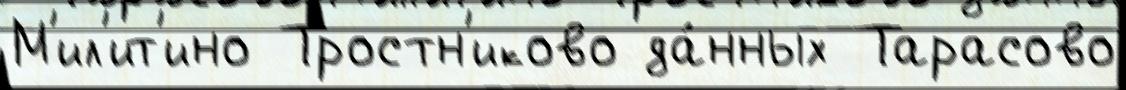
М'ил'ит'ино Тростн'иково да́нных Тарасово